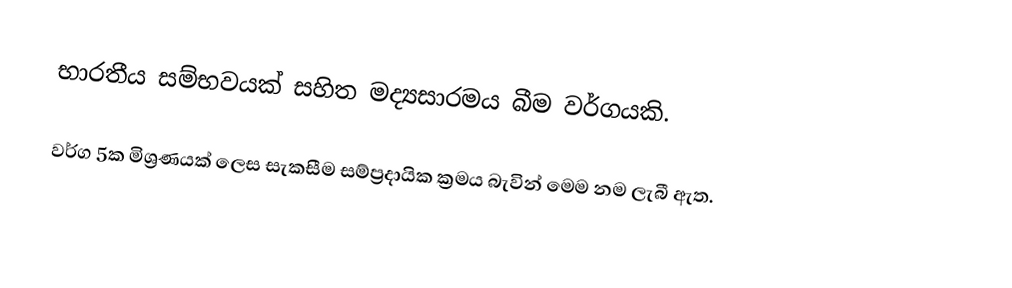
භාරතීය සම්භවයක් සහිත මද්‍යසාරමය බීම වර්ගයකි.

වර්ග 5ක මිශ්‍රණයක් ලෙස සැකසීම සම්ප්‍රදායික ක්‍රමය බැවින් මෙම නම ලැබී ඇත.